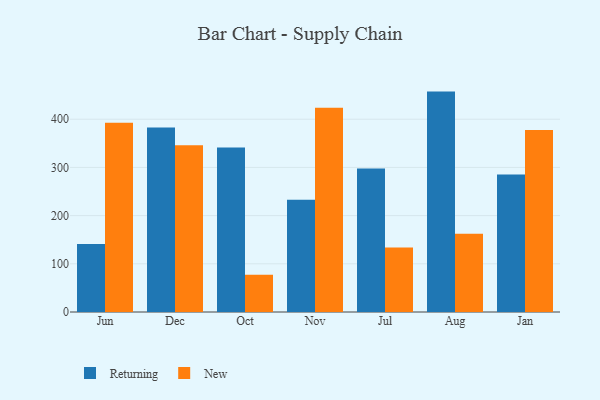
{"axis": {"x": "Month", "y": "Budget (USD K)"}, "legend": ["New", "Returning"], "data": [{"x": "Jun", "y": 141.3, "type": "Returning"}, {"x": "Jun", "y": 392.8, "type": "New"}, {"x": "Dec", "y": 382.6, "type": "Returning"}, {"x": "Dec", "y": 345.9, "type": "New"}, {"x": "Oct", "y": 341.4, "type": "Returning"}, {"x": "Oct", "y": 77.1, "type": "New"}, {"x": "Nov", "y": 233.1, "type": "Returning"}, {"x": "Nov", "y": 423.6, "type": "New"}, {"x": "Jul", "y": 297.7, "type": "Returning"}, {"x": "Jul", "y": 133.7, "type": "New"}, {"x": "Aug", "y": 457.3, "type": "Returning"}, {"x": "Aug", "y": 162.3, "type": "New"}, {"x": "Jan", "y": 285.5, "type": "Returning"}, {"x": "Jan", "y": 377.6, "type": "New"}]}